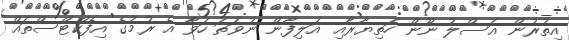
އިތުރުން އަސްލު ނޫން ހަތިޔާރާއި އަލިފާން ނުވަތަ ހަވާ އެ ރުމުގެ އިފެކްޓްސްތައް